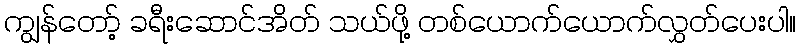
ကျွန်တော့် ခရီးဆောင်အိတ် သယ်ဖို့ တစ်ယောက်ယောက်လွှတ်ပေးပါ။